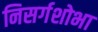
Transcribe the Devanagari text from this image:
निसर्गशोभा